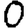
Digit: 0